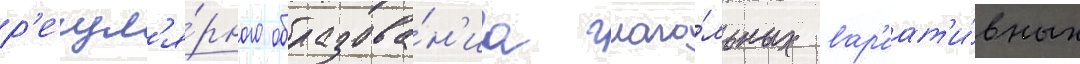
р'егул'я́рного образова́н'иа глаго́льных вар'иат'и́вных